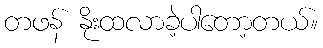
တဖန် နိုးထလာခဲ့ပါတော့တယ်။